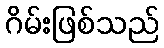
ဂိမ်းဖြစ်သည်